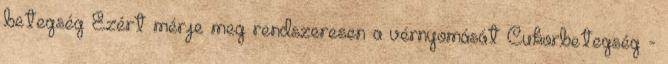
betegség Ezért mérje meg rendszeresen a vérnyomását Cukorbetegség -